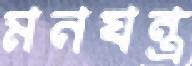
মনযন্ত্র